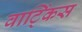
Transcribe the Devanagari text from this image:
वाट्किंस